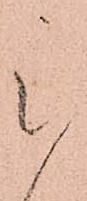
被